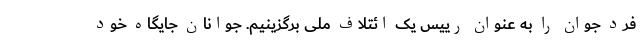
فرد جوان را به عنوان رییس یک ائتلاف ملی برگزینیم. جوانان جایگاه خود